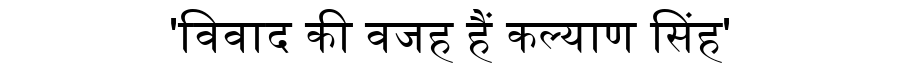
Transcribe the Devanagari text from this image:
'विवाद की वजह हैं कल्याण सिंह'